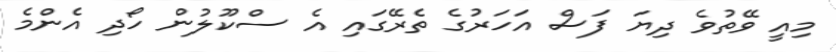
މިއީ ވޭތުވެ ދިޔަ ފަސް އަހަރުގެ ތެރޭގައި އެ ސްކޫލުން ހޯދި އެންމެ